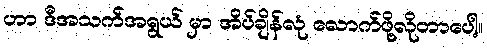
ဟာ ဒီအသက်အရွယ် မှာ အိပ်ချိန်လုံ လောက်ဖို့လိုတာပေါ့။